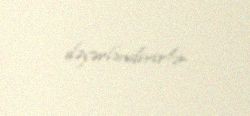
dəyərləndirirlər.